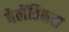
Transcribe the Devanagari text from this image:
वेलेंतिनस